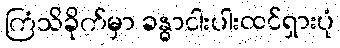
ကြံသိခိုက်မှာ ခန္ဓာငါးပါးထင်ရှားပုံ